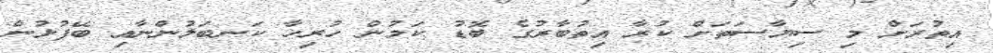
އިތުރަށް މި ސިޔާސަތަށް ކުރާ އިތުބާރުގެ ބޮޑު ކަމުން ހުރިހާ ކަނބަލުންނާއި ބޭފުޅުން